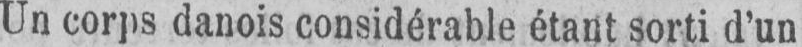
Un corps danois considérable étant sorti d’un